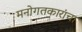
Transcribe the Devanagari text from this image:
मनोगतकारांचा